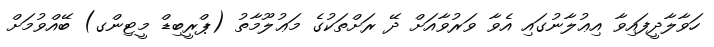
ހަވާލާދީފައިވާ އިޢުލާނުގައި އެވާ ވަރުވާއަށް ދޭ ރަށްތަކުގެ މަޢުލޫމާތު (ޕްރީބިޑް މީޓިންގ) ބޭއްވުމަށް